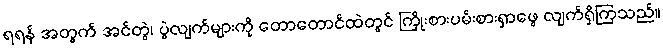
ရရန် အတွက် အင်တွဲ၊ ပွဲလျက်များကို တောတောင်ထဲတွင် ကြိုးစားပမ်းစားရှာဖွေ လျက်ရှိကြသည်။